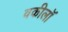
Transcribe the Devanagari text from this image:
वकीलॉ